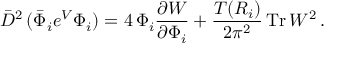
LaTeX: \bar { D } ^ { 2 } \, ( \bar { \Phi } _ { i } e ^ { V } { \Phi } _ { i } ) = 4 \, { \Phi } _ { i } \frac { \partial { \cal W } } { \partial { \Phi } _ { i } } + \frac { T ( R _ { i } ) } { 2 \pi ^ { 2 } } \, \mathrm { T r } \, W ^ { 2 } \, .